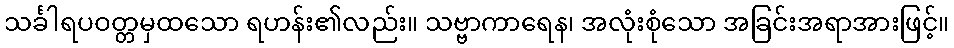
သင်္ခါရပဝတ္တမှထသော ရဟန်း၏လည်း။ သဗ္ဗာကာရေန၊ အလုံးစုံသော အခြင်းအရာအားဖြင့်။